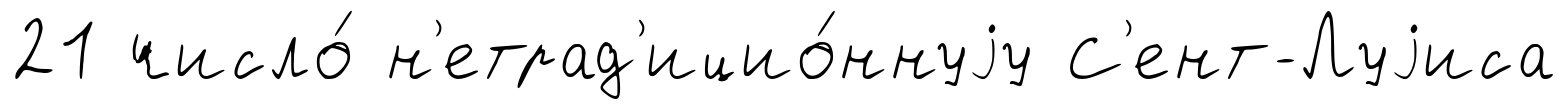
21 число́ н'етрад'ицио́ннуjу С'ент-Луjиса